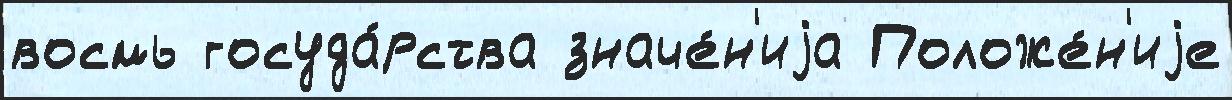
восмь госуда́рства значе́н'иjа Положе́н'иjе